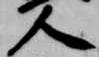
人